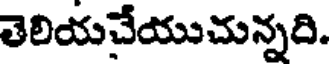
తెలియచేయుచున్నది.